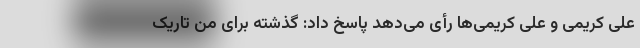
علی کریمی و علی کریمی‌ها رأی می‌دهد پاسخ داد: گذشته برای من تاریک